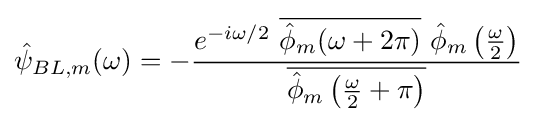
{\hat {\psi }}_{BL,m}(\omega )=-{\frac {e^{-i\omega /2}\,\,{\overline {{\hat {\phi }}_{m}(\omega +2\pi )}}\,\,{\hat {\phi }}_{m}\left({\frac {\omega }{2}}\right)}{\overline {{\hat {\phi }}_{m}\left({\frac {\omega }{2}}+\pi \right)}}}